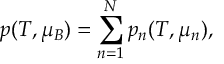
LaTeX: p ( T , \mu _ { B } ) = \sum _ { n = 1 } ^ { N } p _ { n } ( T , \mu _ { n } ) ,